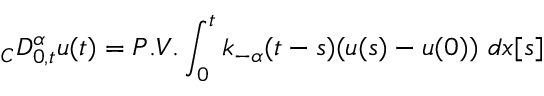
{ } _ { C } D _ { 0 , t } ^ { \alpha } u ( t ) = P . V . \int _ { 0 } ^ { t } k _ { - \alpha } ( t - s ) ( u ( s ) - u ( 0 ) ) \ d x [ s ]